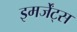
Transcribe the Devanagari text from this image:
इमर्जेंट्स